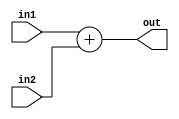
`timescale 1ns / 1ps
//////////////////////////////////////////////////////////////////////////////////
// Company: 
// Engineer: 
// 
// Design Name: 
// Module Name: adder
// Project Name: 
// Target Devices: 
// Tool Versions: 
// Description: 
// 
// Dependencies: 
// 
// Revision:
// Revision 0.01 - File Created
// Additional Comments:
// 
//////////////////////////////////////////////////////////////////////////////////


module adder(in1,in2,out);
input [31:0] in1,in2;

output reg [31:0] out;
always@(*)begin
out<=in1+in2;

end
endmodule